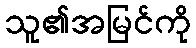
သူ၏အမြင်ကို